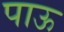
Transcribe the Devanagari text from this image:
पाऊ